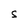
Character: S